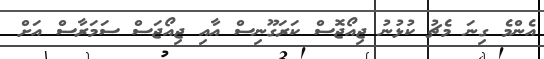
އެންމެ ގިނަ މެޗު ކުޅުނު ޖިއޯޖޮސް ކަރަގޫނިސް އާއި ޖިއޯޖަސް ސަމަރާސް އަށް